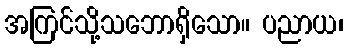
အကြင်သို့သဘောရှိသော။ ပညာယ၊